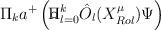
LaTeX: \begin{align*}\Pi_ka^+\left(\circ\hspace{-0.27cm}\Pi^k_{l=0}\hat O_l(X^\mu_{Rol})\Psi\right)\end{align*}